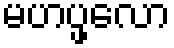
မဟပ္ဖလော